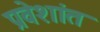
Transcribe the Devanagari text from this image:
प्रवेशांत